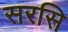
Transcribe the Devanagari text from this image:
सरसि